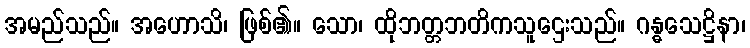
အမည်သည်။ အဟောသိ၊ ဖြစ်၏။ သော၊ ထိုဘတ္တဘတိကသူဌေးသည်။ ဂန္ဓသေဋ္ဌိနာ၊